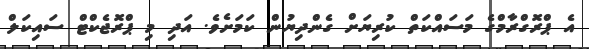
އެ ޕްރޮގްރާމްގެ މަސައްކަތް ކުރިޔަށް ގެންދިޔުން ކަމަށެވެ. އަދި މި ޕްރޮޖެކްޓް ސައިކަލް